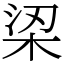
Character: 鿄